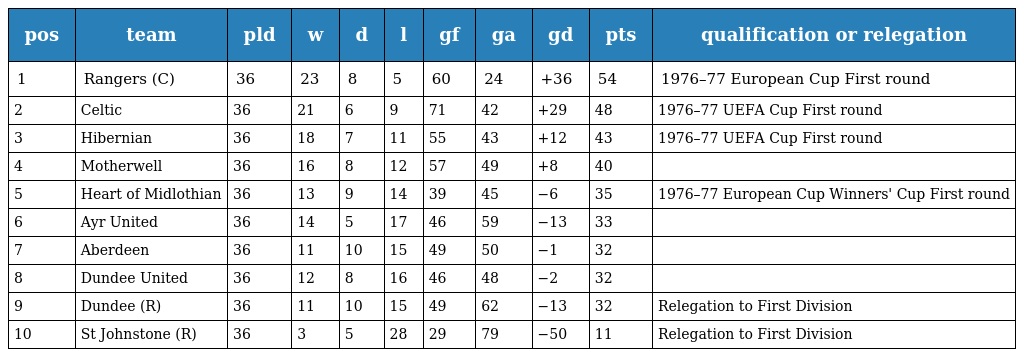
| pos | team | pld | w | d | l | gf | ga | gd | pts | qualification or relegation |
 | --- | --- | --- | --- | --- | --- | --- | --- | --- | --- | --- |
 | 1 | Rangers (C) | 36 | 23 | 8 | 5 | 60 | 24 | +36 | 54 | 1976–77 European Cup First round |
 | 2 | Celtic | 36 | 21 | 6 | 9 | 71 | 42 | +29 | 48 | 1976–77 UEFA Cup First round |
 | 3 | Hibernian | 36 | 18 | 7 | 11 | 55 | 43 | +12 | 43 | 1976–77 UEFA Cup First round |
 | 4 | Motherwell | 36 | 16 | 8 | 12 | 57 | 49 | +8 | 40 |  |
 | 5 | Heart of Midlothian | 36 | 13 | 9 | 14 | 39 | 45 | −6 | 35 | 1976–77 European Cup Winners' Cup First round |
 | 6 | Ayr United | 36 | 14 | 5 | 17 | 46 | 59 | −13 | 33 |  |
 | 7 | Aberdeen | 36 | 11 | 10 | 15 | 49 | 50 | −1 | 32 |  |
 | 8 | Dundee United | 36 | 12 | 8 | 16 | 46 | 48 | −2 | 32 |  |
 | 9 | Dundee (R) | 36 | 11 | 10 | 15 | 49 | 62 | −13 | 32 | Relegation to First Division |
 | 10 | St Johnstone (R) | 36 | 3 | 5 | 28 | 29 | 79 | −50 | 11 | Relegation to First Division |